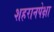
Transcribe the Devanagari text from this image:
शहरानपेक्षा